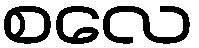
စလေ